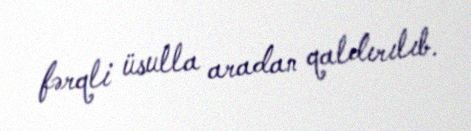
fərqli üsulla aradan qaldırılıb.